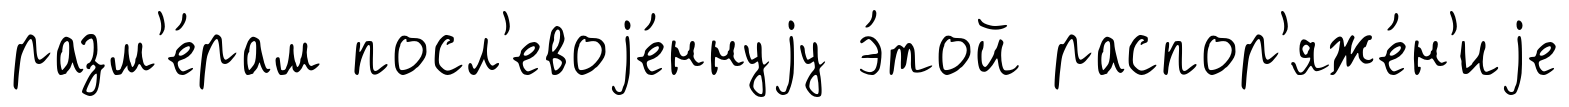
разм'е́рам посл'евоjе́ннуjу э́той распор'яже́н'иjе